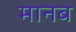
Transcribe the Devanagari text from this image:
मानब